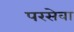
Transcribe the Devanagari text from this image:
परसेवा